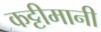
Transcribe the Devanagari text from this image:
कट्टीमानी